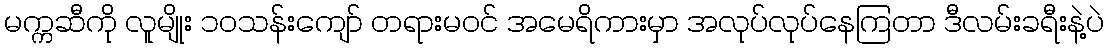
မက္ကဆီကို လူမျိုး ၁၀သန်းကျော် တရားမဝင် အမေရိကားမှာ အလုပ်လုပ်နေကြတာ ဒီလမ်းခရီးနဲ့ပဲ